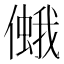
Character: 𠏃